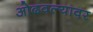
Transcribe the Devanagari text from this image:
ओढवल्यावर